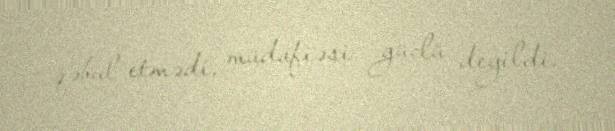
qəbul etmədi, müdafiəsi güclü deyildi.